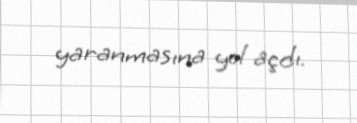
yaranmasına yol açdı.